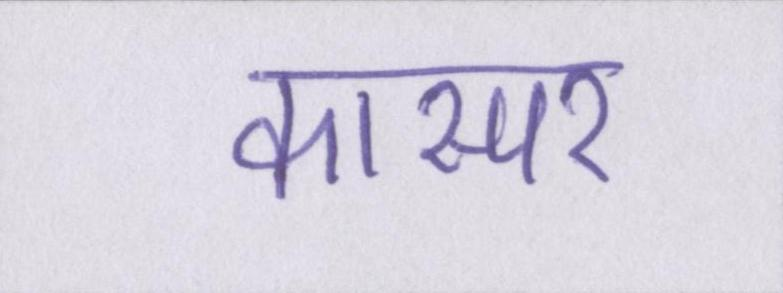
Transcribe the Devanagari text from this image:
कास्पर